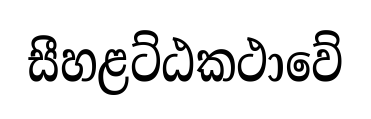
සීහළට්ඨකථාවේ